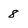
Character: 8